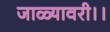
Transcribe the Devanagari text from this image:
जाळ्यावरी।।